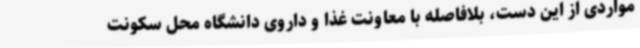
مواردی از این دست، بلافاصله با معاونت غذا و داروی دانشگاه محل سکونت